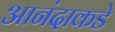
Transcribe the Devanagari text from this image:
आनंदाकडे